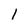
Character: l